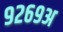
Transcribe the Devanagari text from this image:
९२६९अ